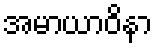
အမာယာဝိနာ